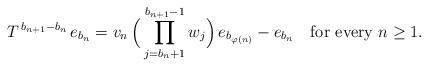
LaTeX: \begin{align*}T^{\,b_{n+1}-b_n}\,e_{b_n}=\smash[t]{v_n\,\Big(\prod_{j=b_n+1}^{b_{n+1}-1}w_j\Big)\,e_ { b_ {\varphi(n)}}-e_{b_n}\quad\hbox{for every $n\geq 1$}.}\end{align*}